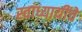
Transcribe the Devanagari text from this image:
स्वाध्यायींचे